Indian journal of veterinary science and animal husbandry - Volume 2,
Year: 1932
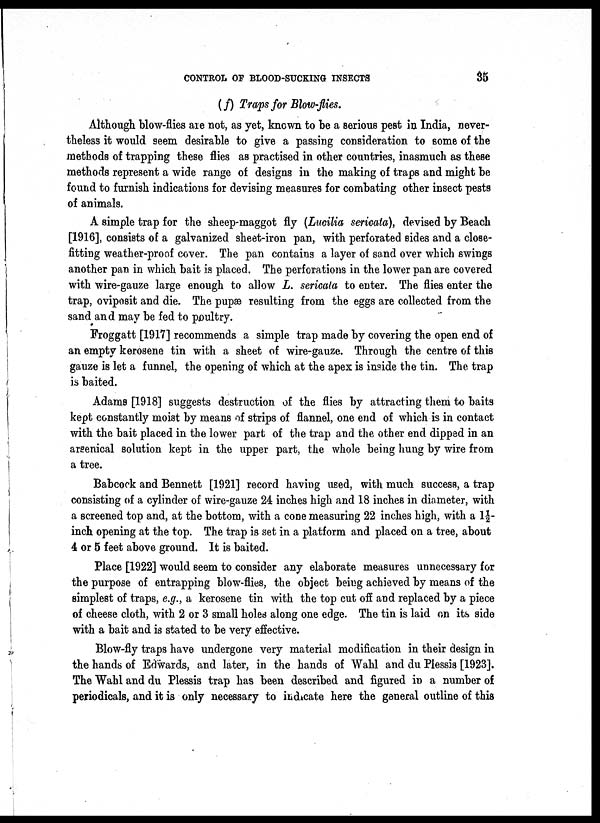
CONTROL OF BLOOD-SUCKING INSECTS
35
(f) Traps for Blow-flies.
Although blow-flies are not, as yet, known to be a serious pest in India, never-
theless it would seem desirable to give a passing consideration to some of the
methods of trapping these flies as practised in other countries, inasmuch as these
methods represent a wide range of designs in the making of traps and might be
found to furnish indications for devising measures for combating other insect pests
of animals.
A simple trap for the sheep-maggot fly (Lucilia sericata), devised by Beach
[1916], consists of a galvanized sheet-iron pan, with perforated sides and a close-
fitting weather-proof cover. The pan contains a layer of sand over which swings
another pan in which bait is placed. The perforations in the lower pan are covered
with wire-gauze large enough to allow L. sericata to enter. The flies enter the
trap, oviposit and die. The pupæ resulting from the eggs are collected from the
sand and may be fed to poultry.
Froggatt [1917] recommends a simple trap made by covering the open end of
an empty kerosene tin with a sheet of wire-gauze. Through the centre of this
gauze is let a funnel, the opening of which at the apex is inside the tin. The trap
is baited.
Adams [1918] suggests destruction of the flies by attracting them to baits
kept constantly moist by means of strips of flannel, one end of which is in contact
with the bait placed in the lower part of the trap and the other end dipped in an
arsenical solution kept in the upper part, the whole being hung by wire from
a tree.
Babcock and Bennett [1921] record having used, with much success, a trap
consisting of a cylinder of wire-gauze 24 inches high and 18 inches in diameter, with
a screened top and, at the bottom, with a cone measuring 22 inches high, with a 1½-
inch opening at the top. The trap is set in a platform and placed on a tree, about
4 or 5 feet above ground. It is baited.
Place [1922] would seem to consider any elaborate measures unnecessary for
the purpose of entrapping blow-flies, the object being achieved by means of the
simplest of traps, e.g., a kerosene tin with the top cut off and replaced by a piece
of cheese cloth, with 2 or 3 small holes along one edge. The tin is laid on its side
with a bait and is stated to be very effective.
Blow-fly traps have undergone very material modification in their design in
the hands of Edwards, and later, in the hands of Wahl and du Plessis [1923].
The Wahl and du Plessis trap has been described and figured in a number of
periodicals, and it is only necessary to indicate here the general outline of this